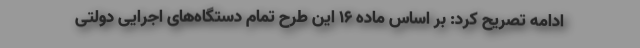
ادامه تصریح کرد: بر اساس ماده ۱۶ این طرح تمام دستگاه‌های اجرایی دولتی